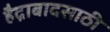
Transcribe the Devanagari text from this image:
हैद्राबादसाठी